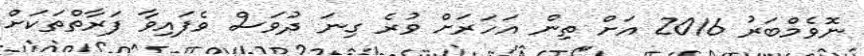
ނޮވެމްބަރު 2016 އަށް ތިން އަހަރަށް ވުރެ ގިނަ ދުވަސް ވެފައިވާ ފަރާތްތަކަށް